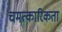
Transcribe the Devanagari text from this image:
चमत्कारिकता